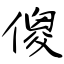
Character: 傻